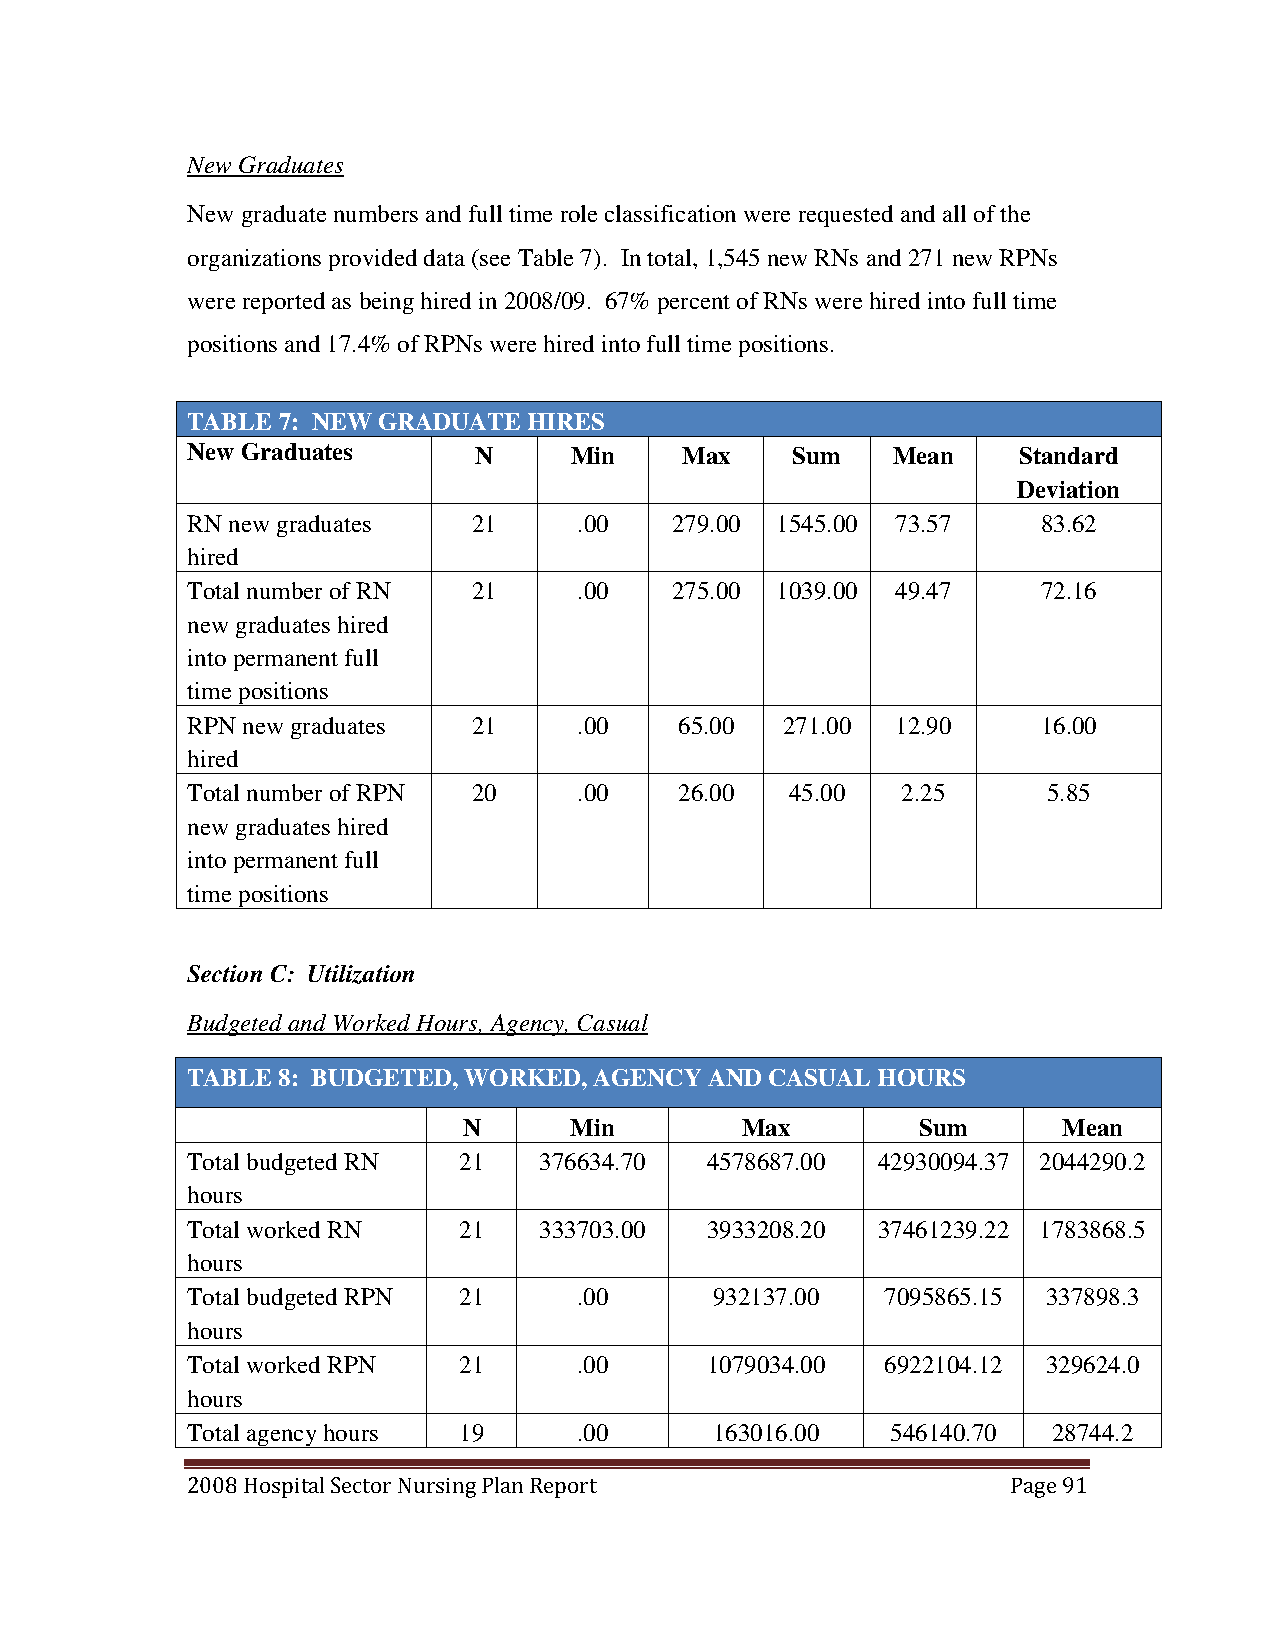
New Graduates
 New graduate numbers and full time role classification were requested and all of the
 organizations provided data (see Table 7). In total, 1,545 new RNs and 271 new RPNs
 were reported as being hired in 2008/09. 67% percent of RNs were hired into full time
 positions and 17.4% of RPNs were hired into full time positions.
 TABLE 7: NEW GRADUATE  HIRES
 New Graduates      N      Min    Max    Sum    Mean    Standard
 Deviation
 RN new graduates   21     .00   279.00 1545.00 73.57     83.62
 hired
 Total number of RN 21     .00   275.00 1039.00 49.47     72.16
 new graduates hired
 into permanent full
 time positions
 RPN new graduates  21     .00    65.00  271.00 12.90     16.00
 hired
 Total number of RPN 20    .00    26.00  45.00   2.25     5.85
 new graduates hired
 into permanent full
 time positions
 Section C: Utilization
 Budgeted and Worked Hours, Agency, Casual
 TABLE 8: BUDGETED, WORKED, AGENCY  AND CASUAL HOURS
 N      Min        Max         Sum      Mean
 Total budgeted RN 21    376634.70  4578687.00 42930094.37 2044290.2
 hours
 Total worked RN   21    333703.00  3933208.20 37461239.22 1783868.5
 hours
 Total budgeted RPN 21     .00      932137.00   7095865.15 337898.3
 hours
 Total worked RPN  21      .00      1079034.00  6922104.12 329624.0
 hours
 Total agency hours 19     .00      163016.00   546140.70  28744.2
 2008 Hospital Sector Nursing Plan Report               Page 91